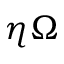
\eta \Omega